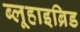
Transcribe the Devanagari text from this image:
ब्लूहाइब्रिड